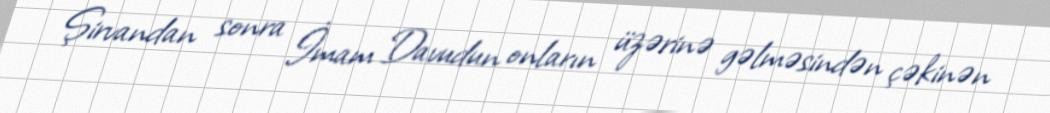
Şirvandan sonra İmam Davudun onların üzərinə gəlməsindən çəkinən